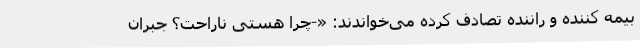
بیمه کننده و راننده تصادف کرده می‌خواندند: «-چرا هستی ناراحت؟ جبران